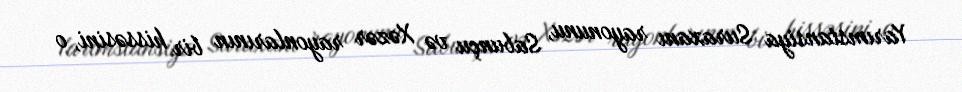
Yarımstansiya Suraxanı rayonunu, Sabunçu və Xəzər rayonlarının bir hissəsini, o